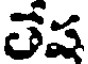
లేష